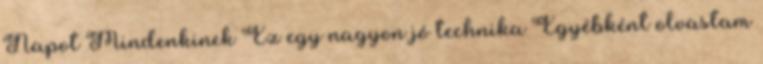
Napot Mindenkinek Ez egy nagyon jó technika Egyébként olvastam